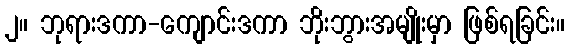
၂။ ဘုရားဒကာ-ကျောင်းဒကာ ဘိုးဘွားအမျိုးမှာ ဖြစ်ရခြင်း။